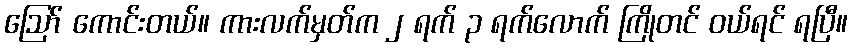
ဪ ကောင်းတယ်။ ကားလက်မှတ်က ၂ ရက် ၃ ရက်လောက် ကြိုတင် ဝယ်ရင် ရပြီ။